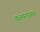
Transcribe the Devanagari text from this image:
कल्पनारम्यच